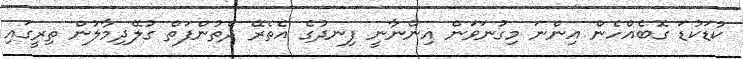
ކުޑަކުޑަ ގޮބެއްހެން އިންނަ މިގުނަވަން އިންނާނީ ފިނދުގެ އެތެރޭ ދެތުންފަތް ގުލޭދިމާލުން ތިރީގައި